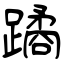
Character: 蹫